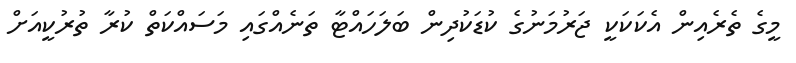
މީގެ ތެރެއިން އެކަކަކީ ޖަރުމަނުގެ ކުޑަކުދިން ބަލަހައްޓާ ތަނެއްގައި މަސައްކަތް ކުރާ ތުރުކީއަށް